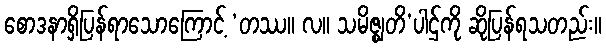
စောဒနာရှိပြန်ရာသောကြောင့် ‘တဿ။ လ။ သမိဇ္ဈတိ’ပါဌ်ကို ဆိုပြန်ရသတည်း။